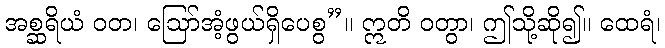
အစ္ဆရိယံ ဝတ၊ ဩော်အံ့ဖွယ်ရှိပေစွ”။ ဣတိ ဝတွာ၊ ဤသို့ဆို၍။ ထေရံ၊